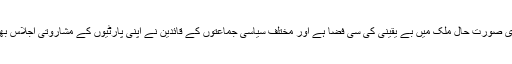
بظاہر اس ساری صورت حال ملک میں بے یقینی کی سی فضا ہے اور مختلف سیاسی جماعتوں کے قائدین نے اپنی پارٹیوں کے مشاروتی اجلاس بھی بلا لیے ہیں۔